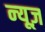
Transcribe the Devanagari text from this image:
न्‍यूज़